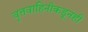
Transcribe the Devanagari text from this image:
वृत्तवाहिनीकडूनही